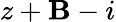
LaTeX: z+\mathbf{B}-i